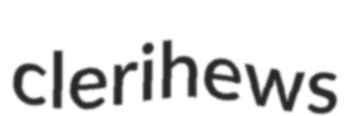
clerihews